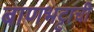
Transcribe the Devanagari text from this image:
बाणभट्टाची